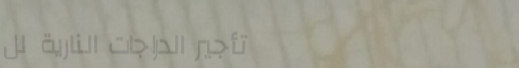
تأجير الدراجات النارية لل